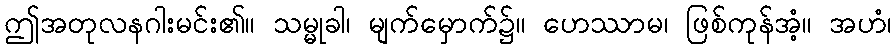
ဤအတုလနဂါးမင်း၏။ သမ္မုခါ၊ မျက်မှောက်၌။ ဟေဿာမ၊ ဖြစ်ကုန်အံ့။ အဟံ၊